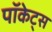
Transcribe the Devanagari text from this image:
पॉकेट्स